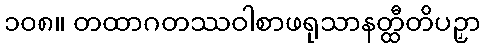
၁၀၈။ တထာဂတဿဝါစာဖရုသာနတ္ထီတိပဉှာ